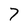
Character: 7